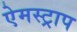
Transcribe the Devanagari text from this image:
ऐमस्ट्राप